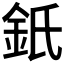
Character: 𨥌